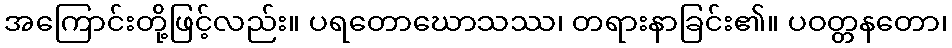
အကြောင်းတို့ဖြင့်လည်း။ ပရတောဃောသဿ၊ တရားနာခြင်း၏။ ပဝတ္တနတော၊